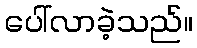
ပေါ်လာခဲ့သည်။